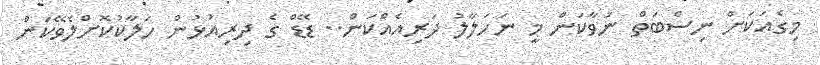
މިގެއަކަށް ނިސްބަތް ނުވާކަން މީ ނަހަލާލު ދަރިއެއްކަން.. ޑޭޑް ގެ ދިރިއުޅުން ހަލާކުކޮށްލެވޭކަން